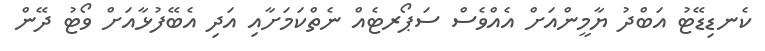
ކެނޑިޑޭޓު އަބްދު ޔާމީންއަށް އެއްވެސް ސަޕޯރޓެއް ނެތްކަމަށާއި އަދި އެބޭފުޅާއަށް ވޯޓު ދޭން